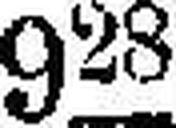
928